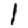
Digit: 1